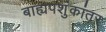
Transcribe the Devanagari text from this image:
बाह्यपशुंकांतर